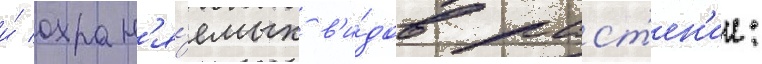
и́ охран'я́емых в'и́дов раст'ен'ии: